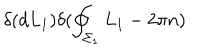
LaTeX: \delta ( d L _ { 1 } ) \delta ( \oint _ { \Sigma _ { 1 } } L _ { 1 } - 2 \pi n )